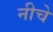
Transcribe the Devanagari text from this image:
नीचे